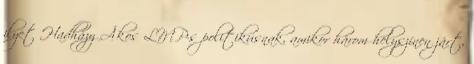
ilyet Hadházy Ákos LMP-s politikusnak, amikor három helyszínen járt,